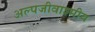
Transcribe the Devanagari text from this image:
अल्पजीवाश्मीय